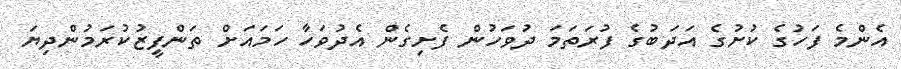
އެންމެ ފަހުގެ ކުށުގެ އަދަބުގެ ފުރަތަމަ ދުވަހުން ފެށިގެން އެދުވަހާ ހަމައަށް ތަންފީޒުކުރަމުންދިޔަ